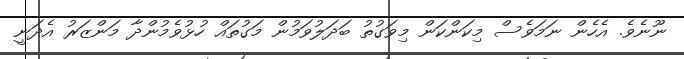
ނޫނެވެ. އެހެން ނަމަވެސް މިކަންކަން މިވަގުތު ބަދަލުވަމުން މަގުތައް ހުޅުވެމުންދާ މަންޒަރު އެދަނީ